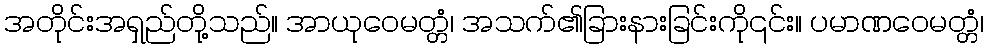
အတိုင်းအရှည်တို့သည်။ အာယုဝေမတ္တံ၊ အသက်၏ခြားနားခြင်းကို၎င်း။ ပမာဏဝေမတ္တံ၊